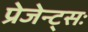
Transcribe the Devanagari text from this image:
प्रेजेन्ट्सः